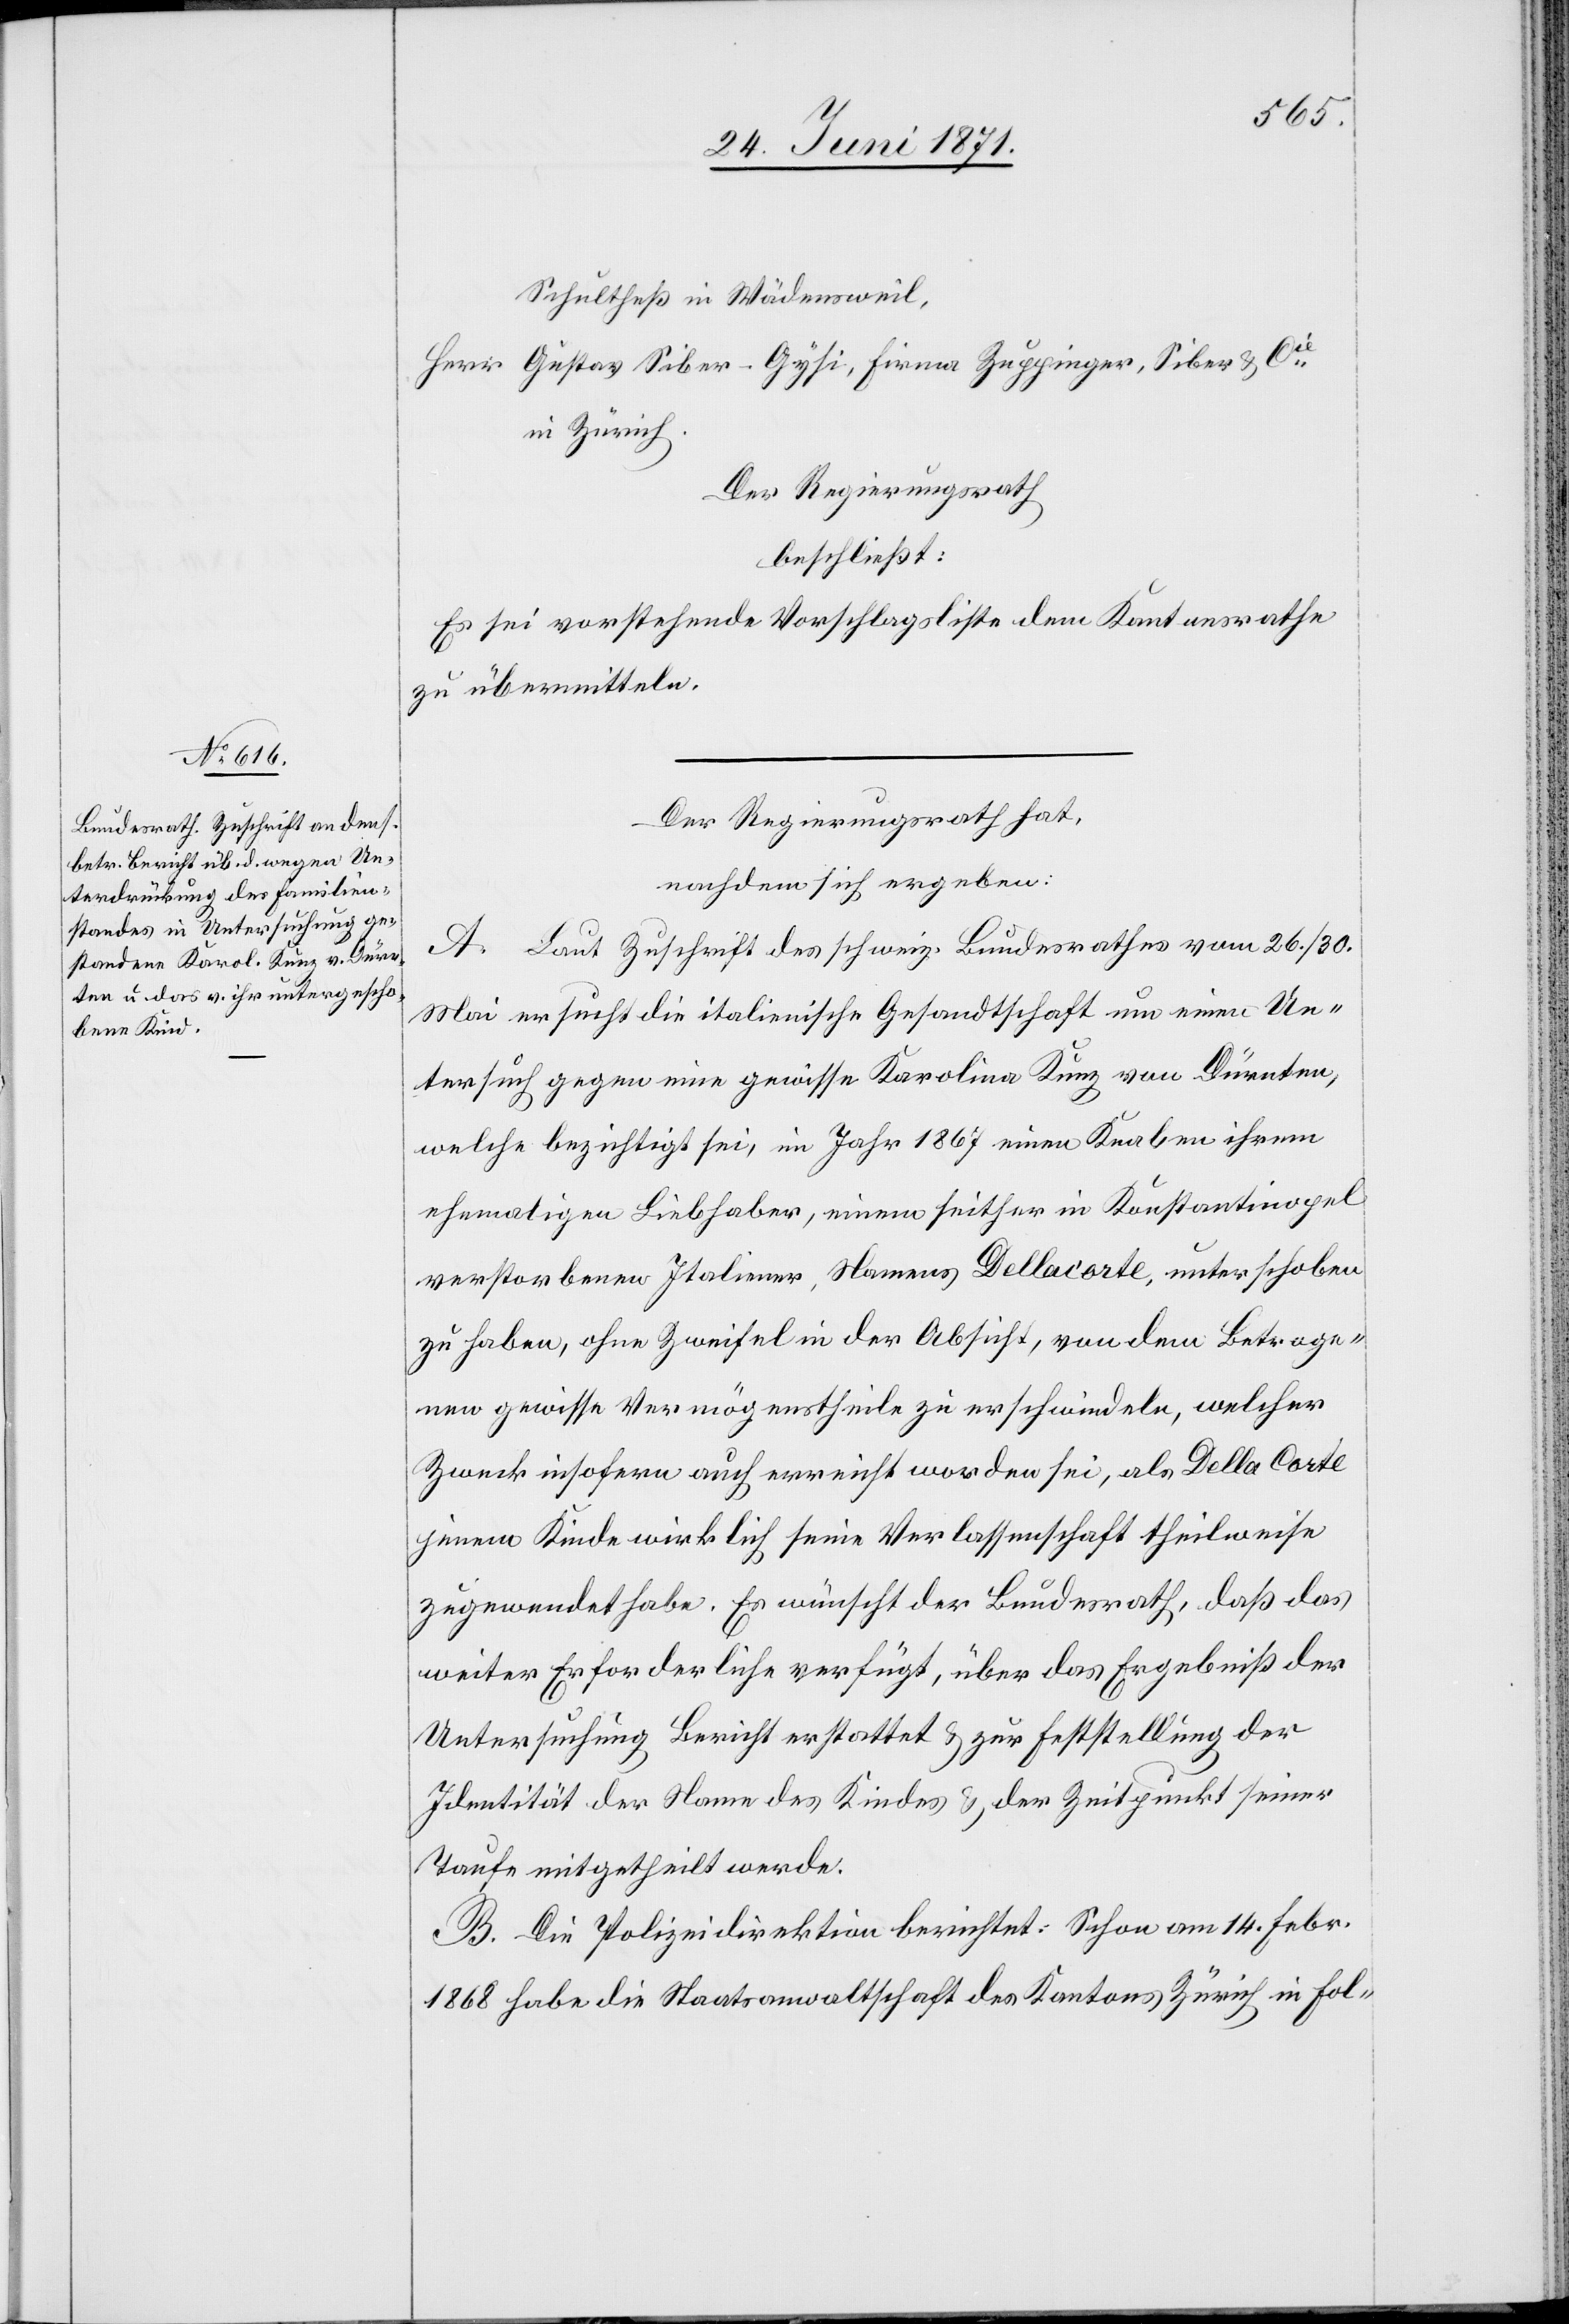
Schultheß in Wädensweil,
Herr Gustav Siber-Gysi, Firma Zuppinger, Siber u. Cie.
in Zürich.
Der Regierungsrath
beschließt:
Es sei vorstehende Vorschlagsliste dem Kantonsrathe
zu übermitteln.
Der Regierungsrath hat,
nachdem sich ergeben:
A. Laut Zuschrift des schweiz. Bundesrathes vom 26./30.
Mai ersucht die italienische Gesandtschaft um einen Un¬
tersuch gegen eine gewisse Karolina Kunz von Dürnten,
welche bezichtigt sei, im Jahr 1867 einen Knaben ihrem
ehemaligen Liebhaber, einem seither in Konstantinopel
verstorbenen Italiener, Namens Dellacorte, unterschoben
zu haben, ohne Zweifel in der Absicht, von dem Betroge¬
nen gewisse Vermögenstheile zu erschwindeln, welcher
Zweck insofern auch erreicht worden sei, als Della Corte
jenem Kinde wirklich seine Verlassenschaft theilweise
zugewendet habe. Es wünscht der Bundesrath, daß das
weiter Erforderliche verfügt, über das Ergebniß der
Untersuchung Bericht erstattet u. zur Feststellung der
Identität der Name des Kindes u. der Zeitpunkt seiner
Taufe mitgetheilt werde.
B. Die Polizeidirektion berichtet: Schon am 14. Febr.
1868 habe die Staatsanwaltschaft des Kantons Zürich in Fol-